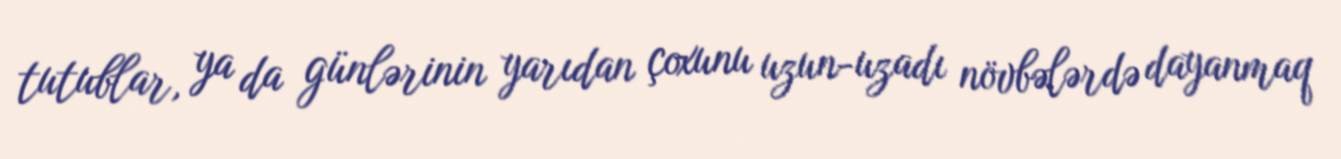
tutublar, ya da günlərinin yarıdan çoxunu uzun-uzadı növbələrdə dayanmaq